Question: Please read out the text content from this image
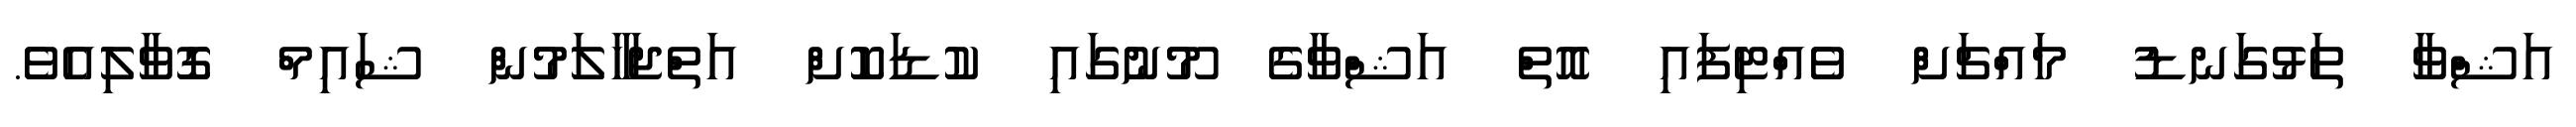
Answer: އަޝްވާ ތަޅުގަނޑު މައްޗަށް ވެއްޓިފައި އޮތް އަޝްވާގެ މޫނުގައި ކުޑަކޮށް އަތްޖަހާލަމުން ޝައިމް ގޮވާލިއެވެ.